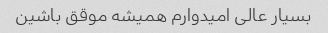
بسیار عالی امیدوارم همیشه موقق باشین